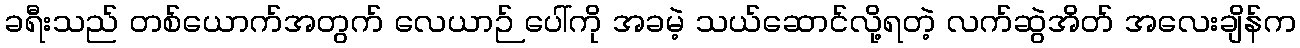
ခရီးသည် တစ်ယောက်အတွက် လေယာဉ် ပေါ်ကို အခမဲ့ သယ်ဆောင်လို့ရတဲ့ လက်ဆွဲအိတ် အလေးချိန်က